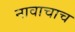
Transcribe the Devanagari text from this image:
नावाचाच